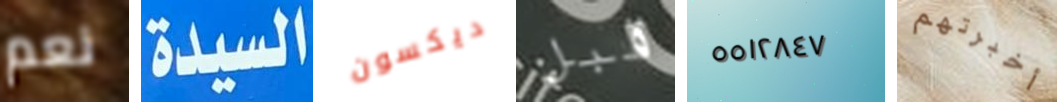
نعم السيدة ديكسون قبل ٥٥١٢٨٤٧ أخبرتهم